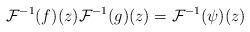
LaTeX: \begin{align*}\mathcal{F}^{-1}(f)(z)\mathcal{F}^{-1}(g)(z) = \mathcal{F}^{-1}(\psi)(z) \end{align*}